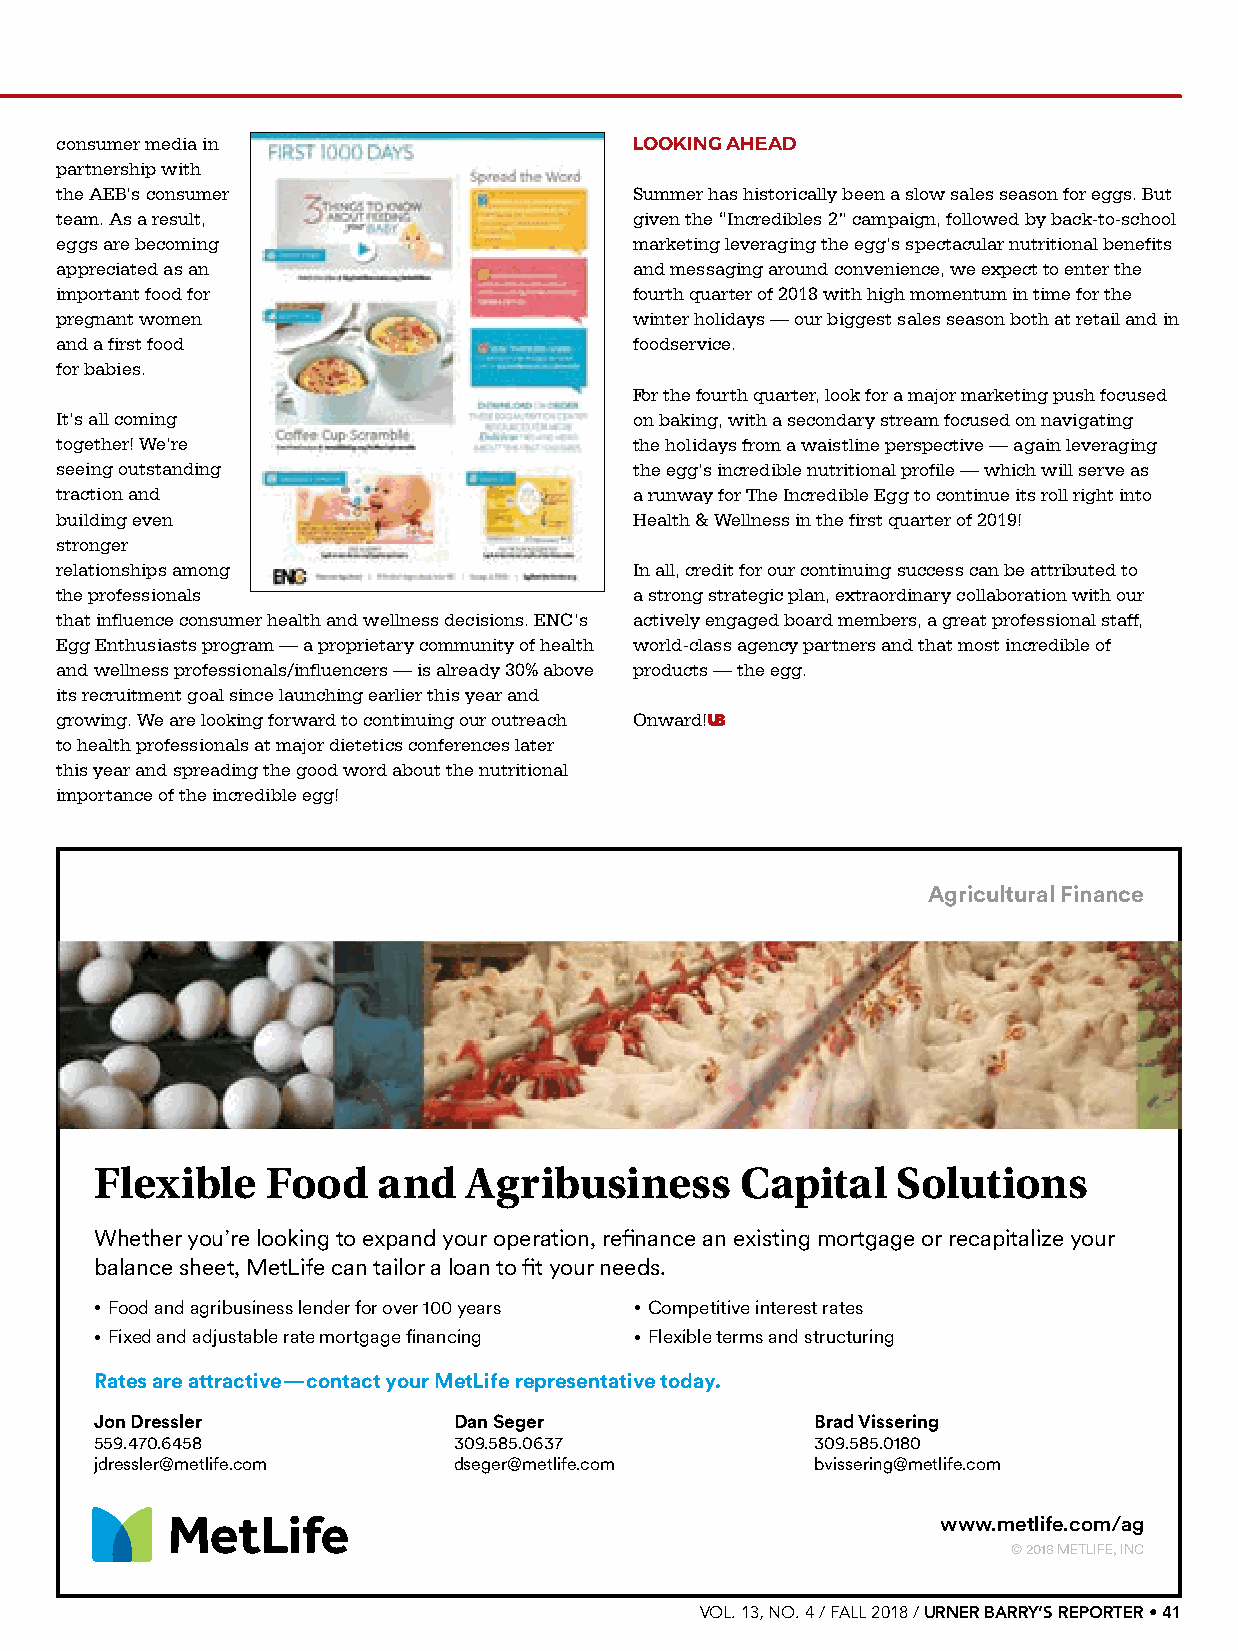
consumer media in                     LOOKING AHEAD
 partnership with
 the AEB’s consumer                    Summer has historically been a slow sales season for eggs. But
 team. As a result,                    given the “Incredibles 2” campaign, followed by back-to-school
 eggs are becoming                     marketing leveraging the egg’s spectacular nutritional benefits
 appreciated as an                     and messaging around convenience, we expect to enter the
 important food for                    fourth quarter of 2018 with high momentum in time for the
 pregnant women                        winter holidays — our biggest sales season both at retail and in
 and a first food                      foodservice.
 for babies.
 For the fourth quarter, look for a major marketing push focused
 It’s all coming                       on baking, with a secondary stream focused on navigating
 together! We’re                       the holidays from a waistline perspective — again leveraging
 seeing outstanding                    the egg’s incredible nutritional profile — which will serve as
 traction and                          a runway for The Incredible Egg to continue its roll right into
 building even                         Health & Wellness in the first quarter of 2019!
 stronger
 relationships among                   In all, credit for our continuing success can be attributed to
 the professionals                     a strong strategic plan, extraordinary collaboration with our
 that influence consumer health and wellness decisions. ENC’s actively engaged board members, a great professional staff,
 Egg Enthusiasts program — a proprietary community of health world-class agency partners and that most incredible of
 and wellness professionals/influencers — is already 30% above products — the egg.
 its recruitment goal since launching earlier this year and
 growing. We are looking forward to continuing our outreach Onward!UB
 to health professionals at major dietetics conferences later
 this year and spreading the good word about the nutritional
 importance of the incredible egg!
 Agricultural Finance
 Flexible    Food   and   Agribusiness      Capital   Solutions
 Whether you’re looking to expand your operation, refinance an existing mortgage or recapitalize your
 balance sheet, MetLife can tailor a loan to fit your needs.
 • Food and agribusiness lender for over 100 years • Competitive interest rates
 • Fixed and adjustable rate mortgage financing • Flexible terms and structuring
 Rates are attractive—contact your MetLife representative today.
 Jon Dressler            Dan Seger               Brad Vissering
 559.470.6458            309.585.0637            309.585.0180
 jdressler@metlife.com   dseger@metlife.com      bvissering@metlife.com
 www.metlife.com/ag
 © 2018 METLIFE, INC
 VOL. 13, NO. 4 / FALL 2018 / URNER BARRY’S REPORTER • 41